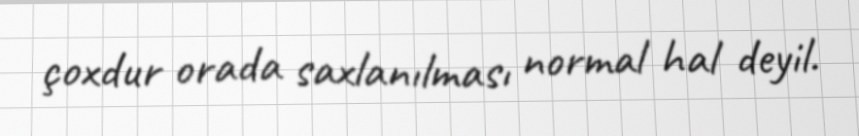
çoxdur orada saxlanılması normal hal deyil.